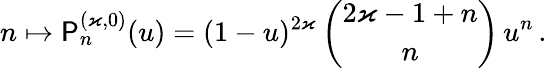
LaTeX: n\mapsto\mathsf{P}_{n}^{(\varkappa,0)}(u)=(1-u)^{2\varkappa}\, \binom{2\varkappa-1+n}{n}\, u^{n}\, .